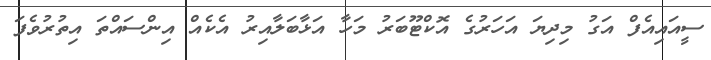
ސީއައިއެފް އަގު މިދިޔަ އަހަރުގެ އޮކްޓޫބަރު މަހާ އަޅާބަލާއިރު އެކެއް އިންސައްތަ އިތުރުވެފަ